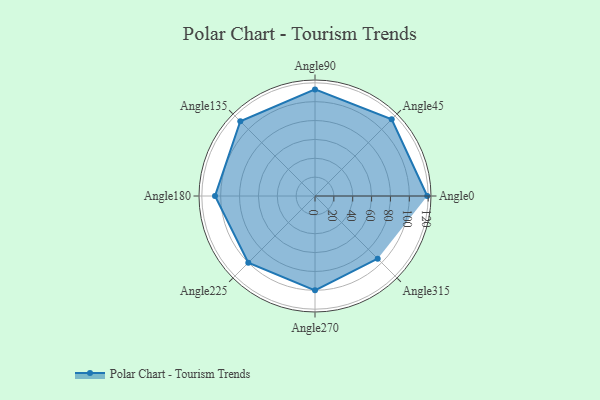
{"axis": {"x": "Angle", "y": "Radius"}, "legend": [""], "data": [{"x": "Angle0", "y": 119.0, "type": ""}, {"x": "Angle45", "y": 115.0, "type": ""}, {"x": "Angle90", "y": 113.0, "type": ""}, {"x": "Angle135", "y": 112.0, "type": ""}, {"x": "Angle180", "y": 106.0, "type": ""}, {"x": "Angle225", "y": 100.0, "type": ""}, {"x": "Angle270", "y": 100.0, "type": ""}, {"x": "Angle315", "y": 94.0, "type": ""}]}